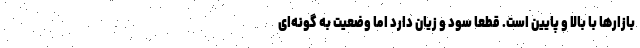
بازارها با بالا و پایین است. قطعا سود و زیان دارد اما وضعیت به گونه‌ای